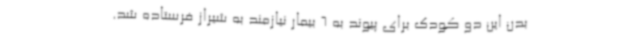
بدن این دو کودک برای پیوند به 6 بیمار نیازمند به شیراز فرستاده شد.